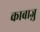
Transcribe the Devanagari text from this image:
काबाज़ु